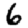
Digit: 6